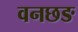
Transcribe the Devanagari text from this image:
वनछङ